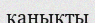
қанықты